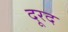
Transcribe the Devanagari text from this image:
दूरद